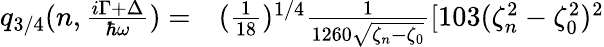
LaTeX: \begin{array}{rl}{q_{3/4}(n,\frac{i\Gamma+\Delta}{\hbar\omega})=}&{{}(\frac{1}{18})^{1/4}\frac{1}{1260\sqrt{\zeta_{n}-\zeta_{0}}}[103(\zeta_{n}^{2}-\zeta_{0}^{2})^{2}}\end{array}